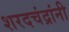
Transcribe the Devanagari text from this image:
शरदचंद्रांनी